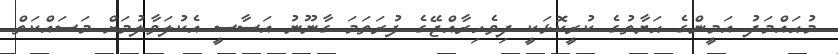
މުޙައްމަދު އަމީންގެ ޙަޔާތުގެ ކުރީކޮޅަކީ ދިވެހިރާއްޖޭގެ ފުރަތަމަ ގާނޫނު އަސާސީ އެކުލަވާލުމަށް މަސައްކަތް